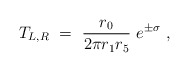
\begin{align*}T_{L,R}~=~\frac{r_0}{2\pi r_1 r_5}~e^{\pm \sigma}~,\end{align*}